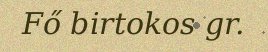
Fő birtokos gr.